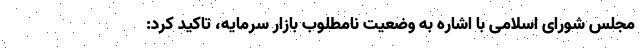
مجلس شورای اسلامی با اشاره به وضعیت نامطلوب بازار سرمایه، تاکید کرد: